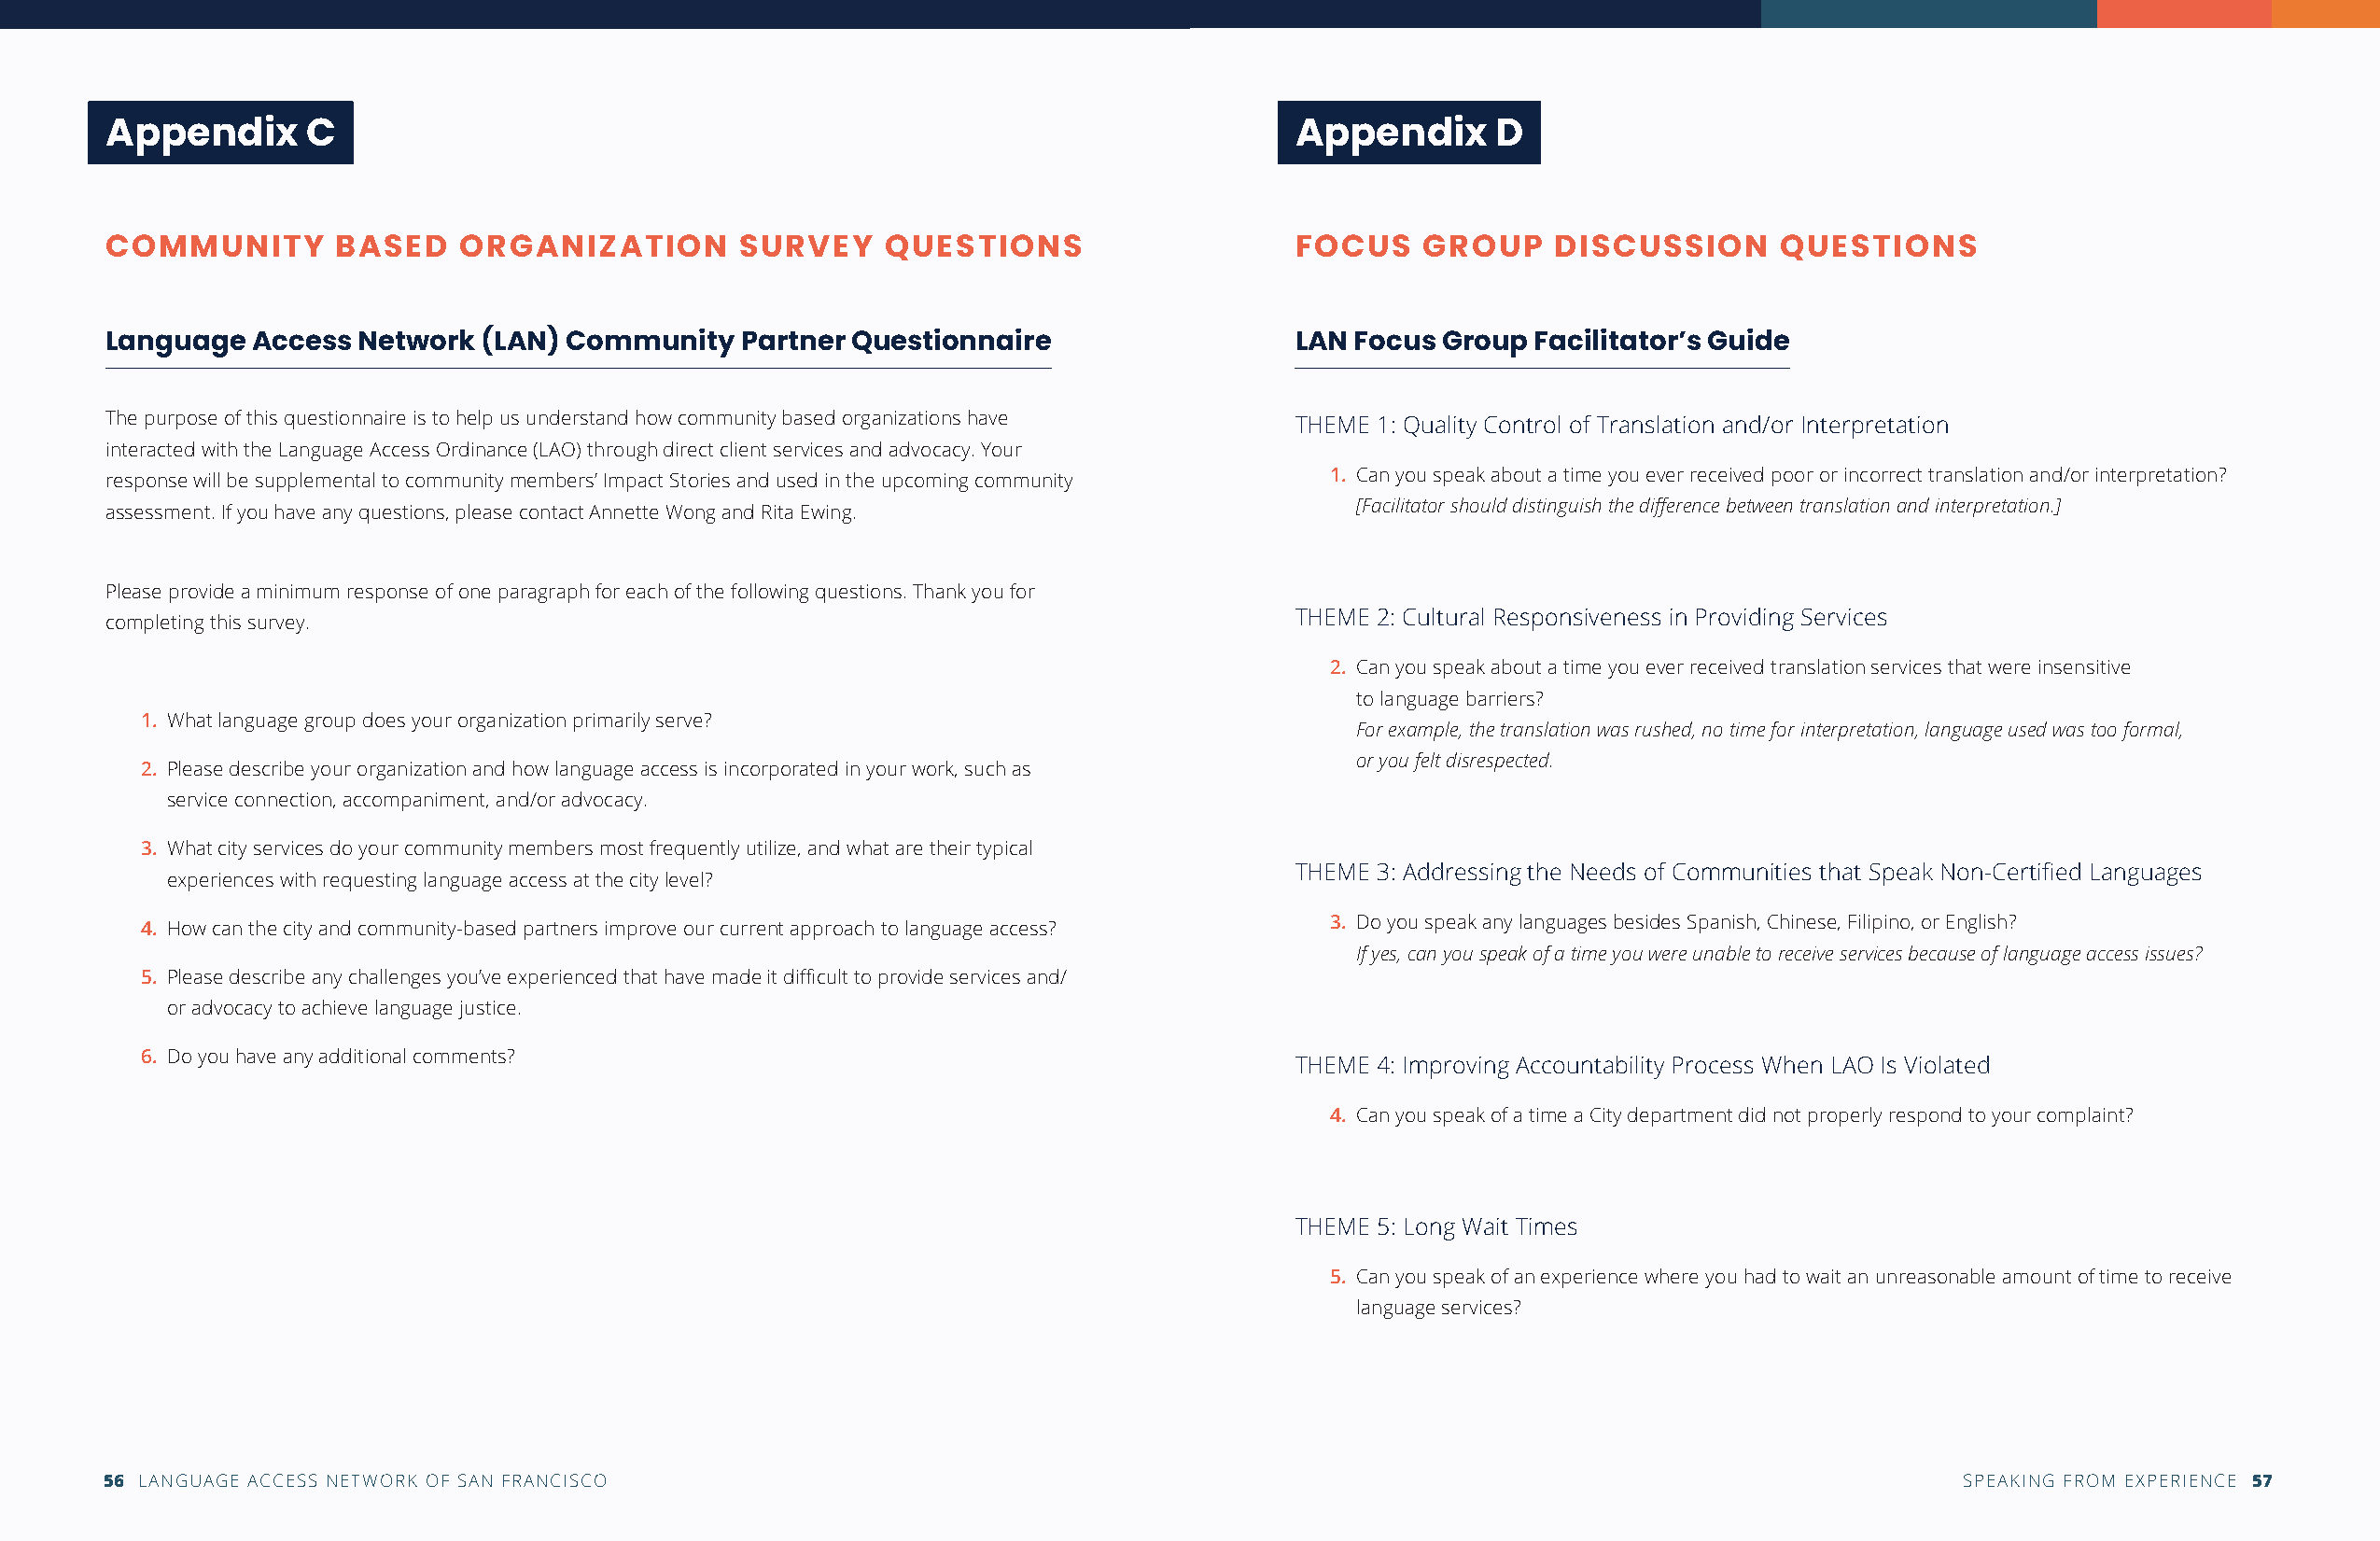
Appendix       C                                                                     Appendix      D
 COMMUNITY        BASED    ORGANIZATION       SURVEY     QUESTIONS                    FOCUS    GROUP    DISCUSSION      QUESTIONS
 Language   Access Network  (LAN) Community    Partner Questionnaire                  LAN Focus Group  Facilitator’s Guide
 The purpose of this questionnaire is to help us understand how community based organizations have THEME 1: Quality Control of Translation and/or Interpretation
 interacted with the Language Access Ordinance (LAO) through direct client services and advocacy. Your
 response will be supplemental to community members’ Impact Stories and used in the upcoming community 1. Can you speak about a time you ever received poor or incorrect translation and/or interpretation?
 [Facilitator should distinguish the difference between translation and interpretation.]
 assessment. If you have any questions, please contact Annette Wong and Rita Ewing.
 Please provide a minimum response of one paragraph for each of the following questions. Thank you for
 THEME 2: Cultural Responsiveness in Providing Services
 completing this survey.
 2. Can you speak about a time you ever received translation services that were insensitive
 to language barriers?
 1. What language group does your organization primarily serve?
 For example, the translation was rushed, no time for interpretation, language used was too formal,
 or you felt disrespected.
 2. Please describe your organization and how language access is incorporated in your work, such as
 service connection, accompaniment, and/or advocacy.
 3. What city services do your community members most frequently utilize, and what are their typical
 THEME 3: Addressing the Needs of Communities that Speak Non-Certified Languages
 experiences with requesting language access at the city level?
 4. How can the city and community-based partners improve our current approach to language access? 3. Do you speak any languages besides Spanish, Chinese, Filipino, or English?
 If yes, can you speak of a time you were unable to receive services because of language access issues?
 5. Please describe any challenges you’ve experienced that have made it difficult to provide services and/
 or advocacy to achieve language justice.
 6. Do you have any additional comments?
 THEME 4: Improving Accountability Process When LAO Is Violated
 4. Can you speak of a time a City department did not properly respond to your complaint?
 THEME 5: Long Wait Times
 5. Can you speak of an experience where you had to wait an unreasonable amount of time to receive
 language services?
 56 LANGUAGE ACCESS NETWORK OF SAN FRANCISCO                                                                                         SPEAKING FROM EXPERIENCE 57